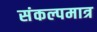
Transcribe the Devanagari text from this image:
संकल्पमात्र